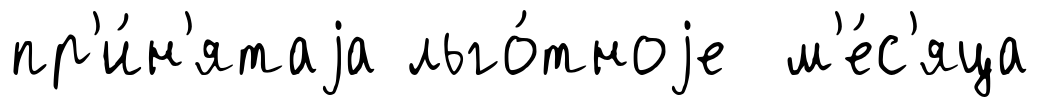
пр'и́н'ятаjа льго́тноjе м'е́с'яца